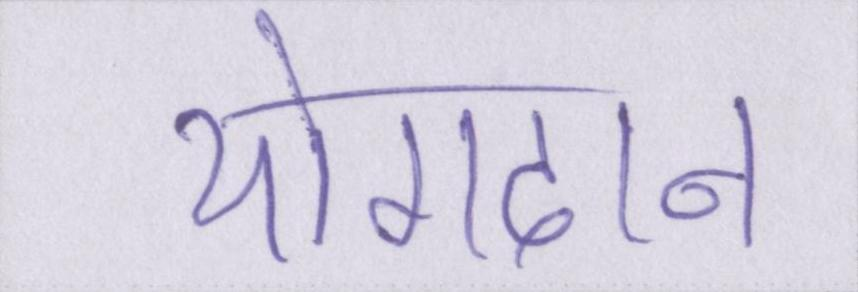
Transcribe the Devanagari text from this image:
योगदान